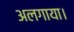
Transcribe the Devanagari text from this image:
अलगाया।